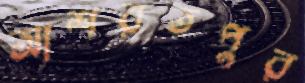
আশরতপুর